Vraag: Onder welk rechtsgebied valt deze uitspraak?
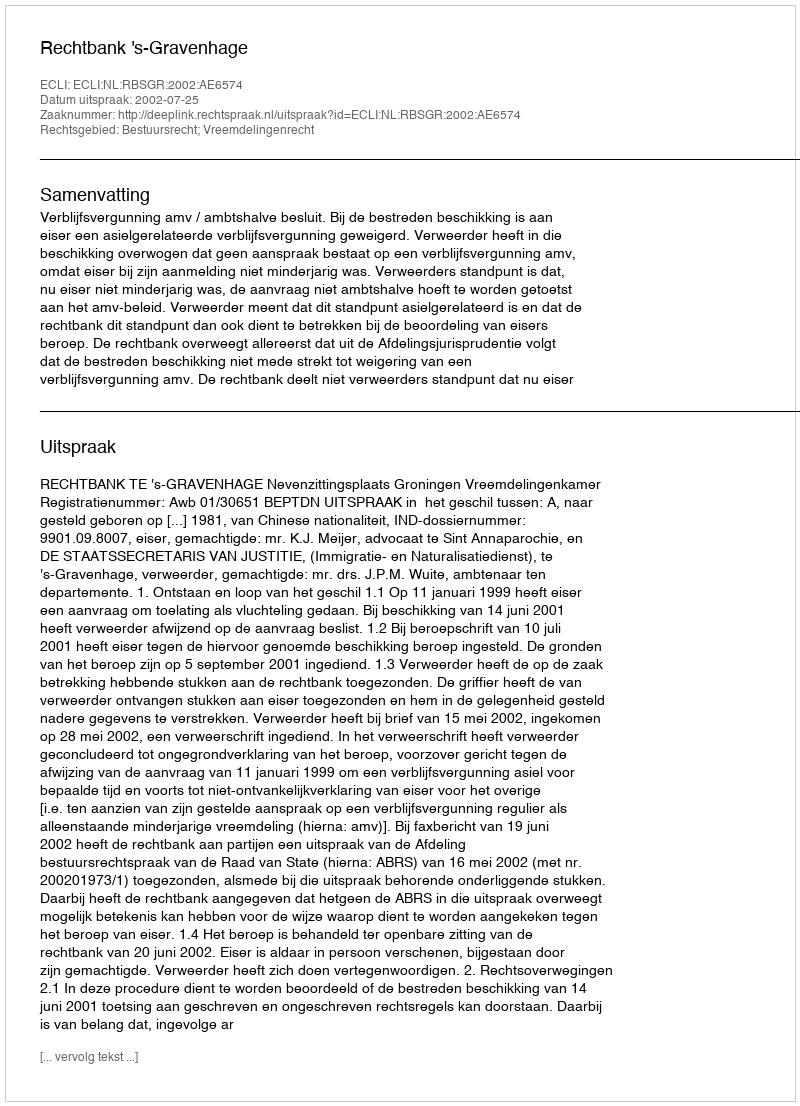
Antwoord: Bestuursrecht; Vreemdelingenrecht